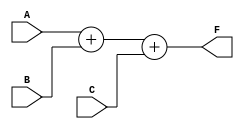
module f1(input A,B,C , output F);
  assign F = A+B+C;
endmodule